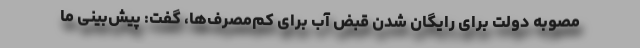
مصوبه دولت برای رایگان شدن قبض آب برای کم‌مصرف‌ها، گفت: پیش‌بینی ما